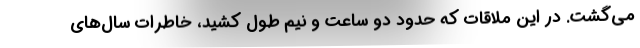
می‌گشت. در این ملاقات که حدود دو ساعت و نیم طول کشید، خاطرات سال‌های